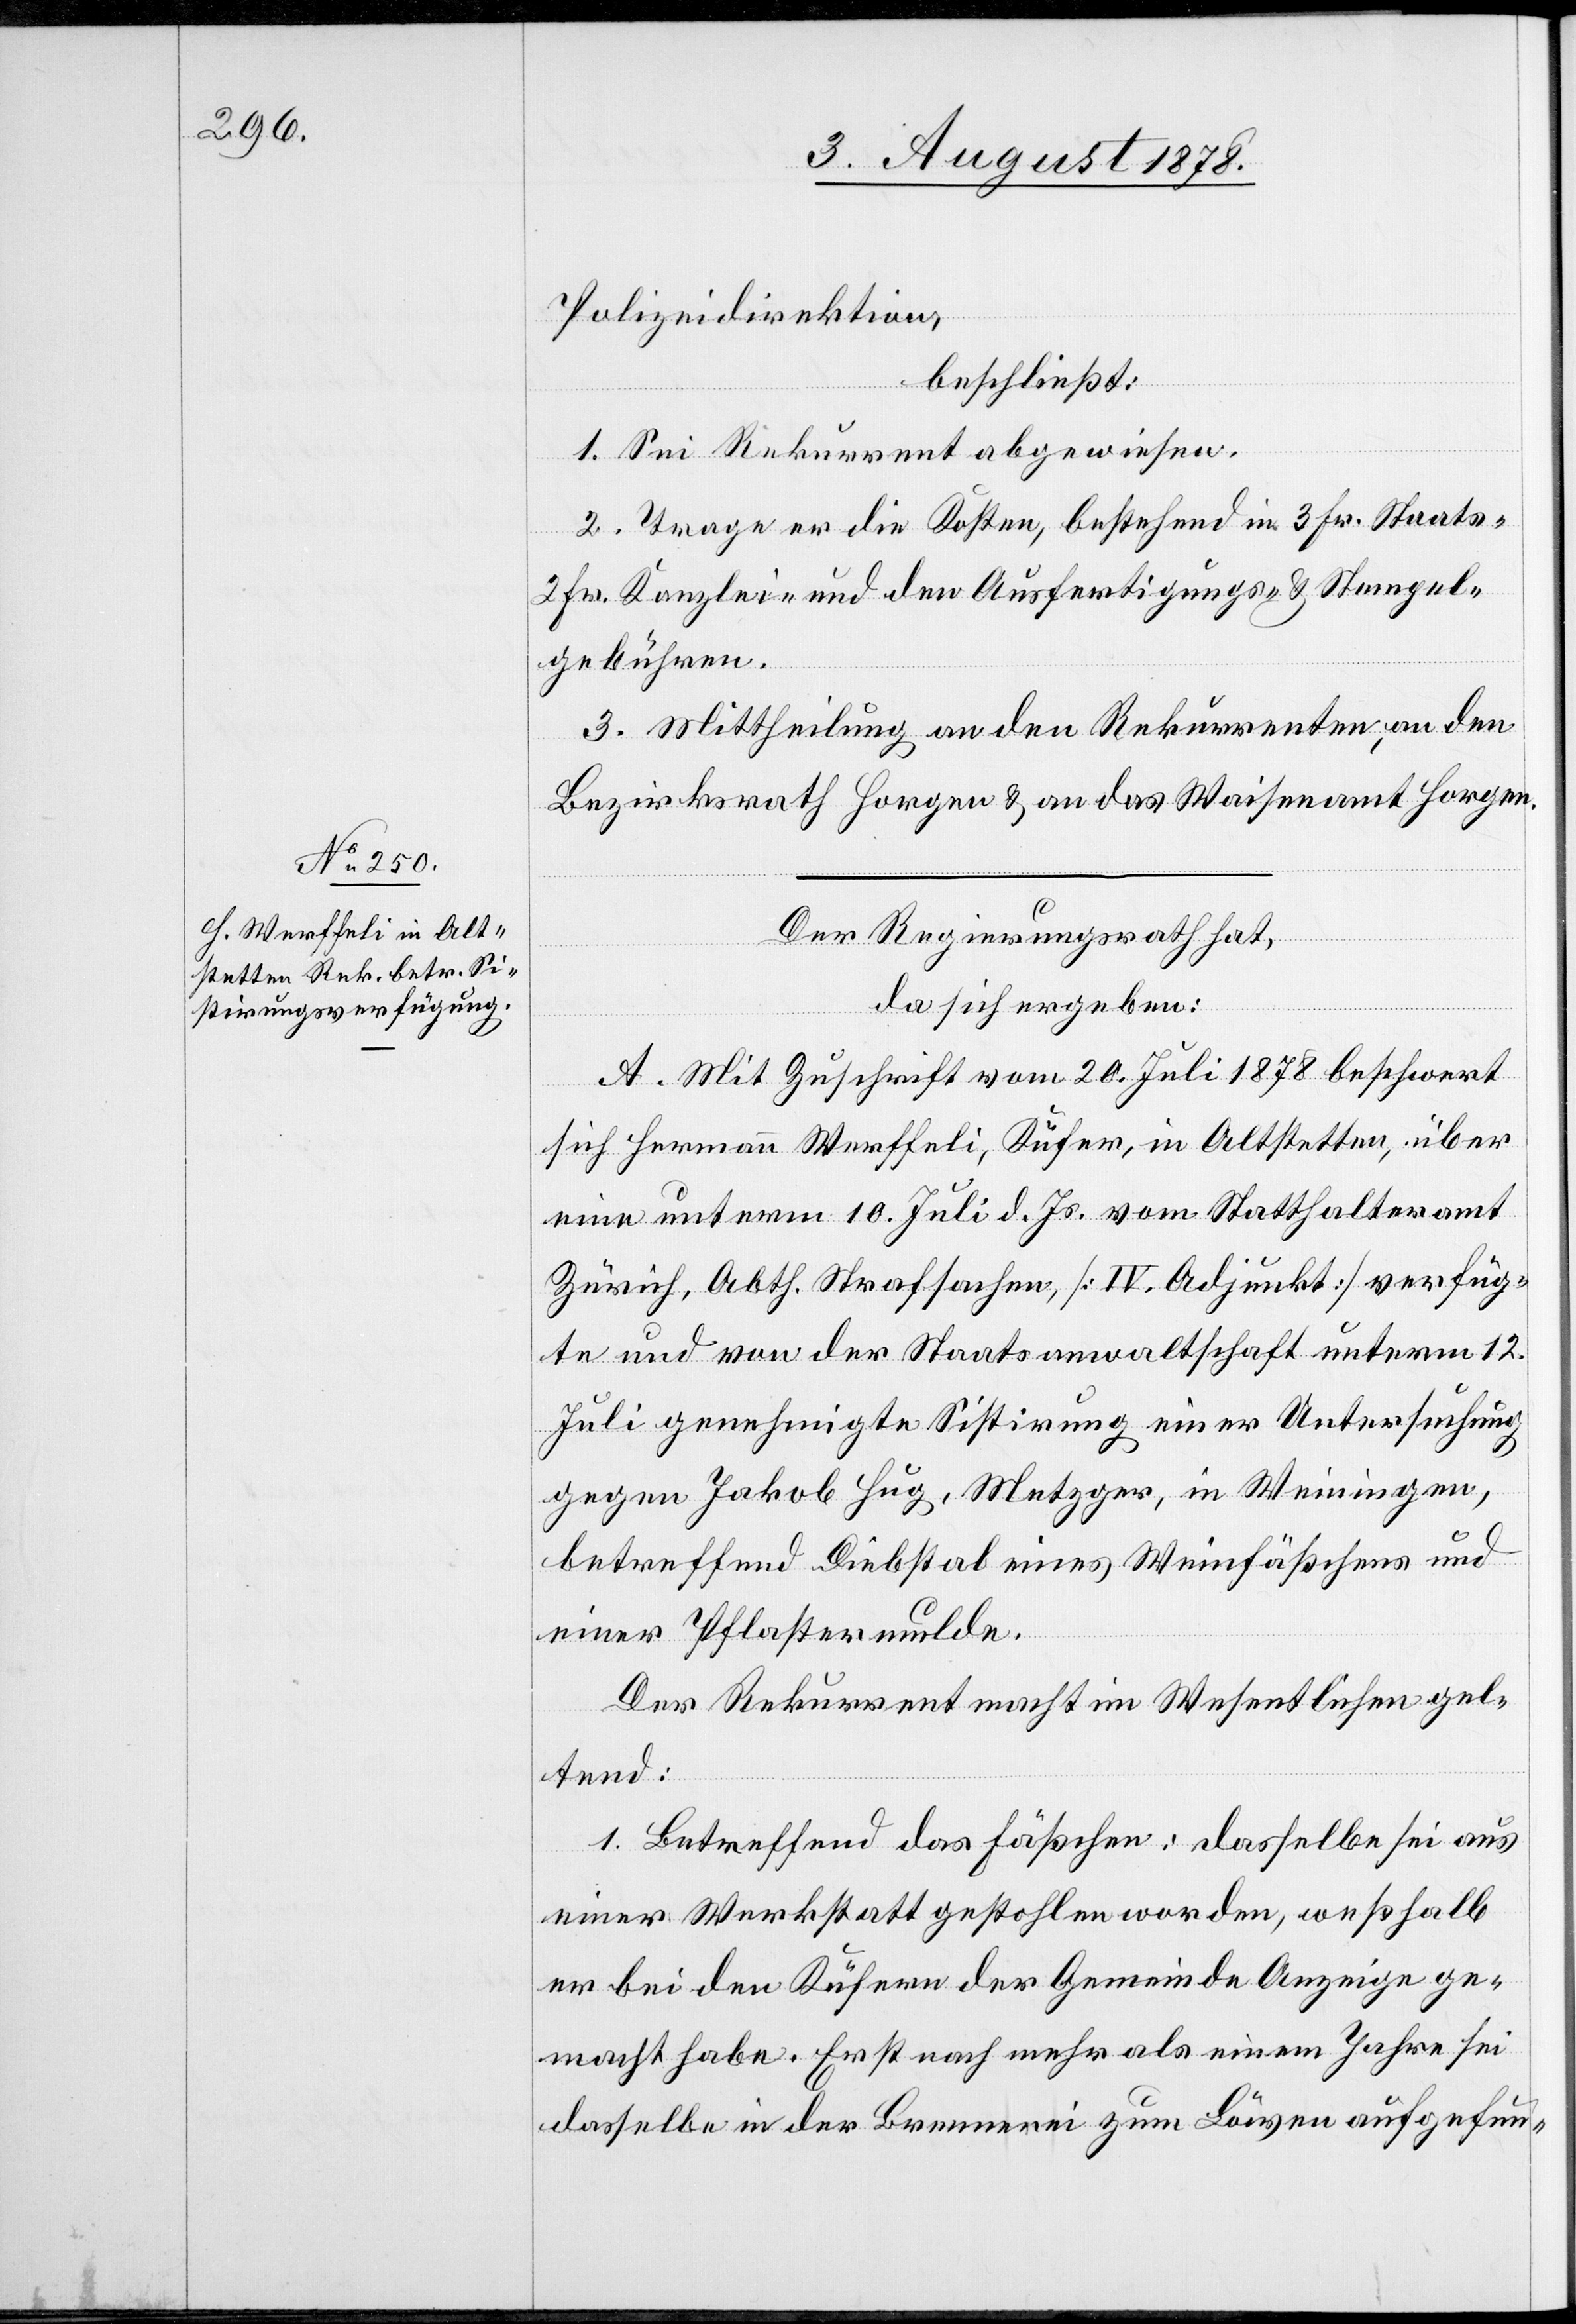
Polizeidirektion
beschließt:
1.Sei Rekurrent abgewiesen.
2. Trage er die Kosten, bestehend in 3 Fr. Staats-,
2 Fr. Kanzlei- und den Ausfertigungs- und Stempel¬
gebühren.
3. Mittheilung an den Rekurrenten, an den
Bezirksrath Horgen & an das Waisenamt Horgen.
Der Regierungsrath hat,
da sich ergeben:
A. Mit Zuschrift vom 20. Juli 1878 beschwert
sich Hermann Werffeli, Küfer, in Alstetten, über
eine unterm 10. Juli d. Js. vom Statthalteramt
Zürich, Abth. Strafsachen, [IV. Adjunkt] verfüg¬
te und von der Staatsanwaltschaft unterm 12.
Juli genehmigte Sistirung einer Untersuchung
gegen Jakob Hug, Metzger, in Weiningen,
betreffend Diebstal eines Weinfäßchens und
einer Pflastermulde.
Der Rekurrent macht im Wesentlichen gel¬
tend:
1. Betreffend das Fäßchen: dasselbe sei aus
einer Werkstatt gestohlen worden, weßhalb
er bei den Küfern der Gemeinde Anzeige ge¬
macht habe. Erst nach mehr als einem Jahre sei
dasselbe in der Brennerei zum Löwen aufgefun-